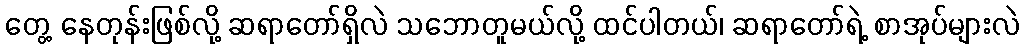
တွေ့ နေတုန်းဖြစ်လို့ ဆရာတော်ရှိလဲ သဘောတူမယ်လို့ ထင်ပါတယ်၊ ဆရာတော်ရဲ့ စာအုပ်များလဲ